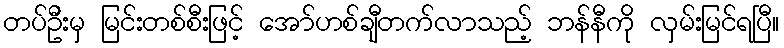
တပ်ဦးမှ မြင်းတစ်စီးဖြင့် အော်ဟစ်ချီတက်လာသည့် ဘန်နီကို လှမ်းမြင်ရပြီ။